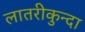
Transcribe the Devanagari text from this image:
लातरीकुन्दा